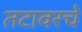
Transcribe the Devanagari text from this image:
तटावरचे